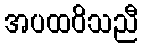
အပထဝိသညီ